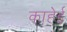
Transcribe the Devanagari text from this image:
काहेई